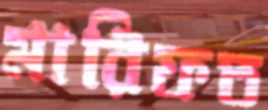
মারিফত